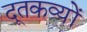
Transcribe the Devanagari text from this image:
दूतकव्यों